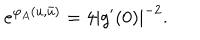
e ^ { \varphi _ { A } ( u , \bar { u } ) } = 4 | g ^ { \prime } ( 0 ) | ^ { - 2 } .